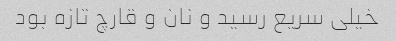
خیلی سریع رسید و نان و قارچ تازه بود